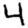
Digit: 4